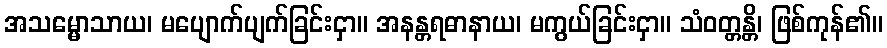
အသမ္မောသာယ၊ မပျောက်ပျက်ခြင်းငှာ။ အနန္တရဓာနာယ၊ မကွယ်ခြင်းငှာ။ သံဝတ္တန္တိ၊ ဖြစ်ကုန်၏။